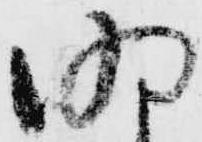
明